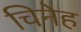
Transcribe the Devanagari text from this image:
चिनेह